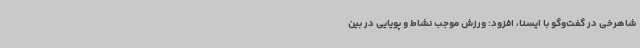
شاهرخی در گفت‌وگو با ایسنا، افزود: ورزش موجب نشاط و پویایی در بین